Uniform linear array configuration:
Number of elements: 32
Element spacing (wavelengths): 0.75
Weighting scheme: hamming
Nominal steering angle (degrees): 15
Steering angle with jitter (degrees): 13.299
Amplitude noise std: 0.05
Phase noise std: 0.05

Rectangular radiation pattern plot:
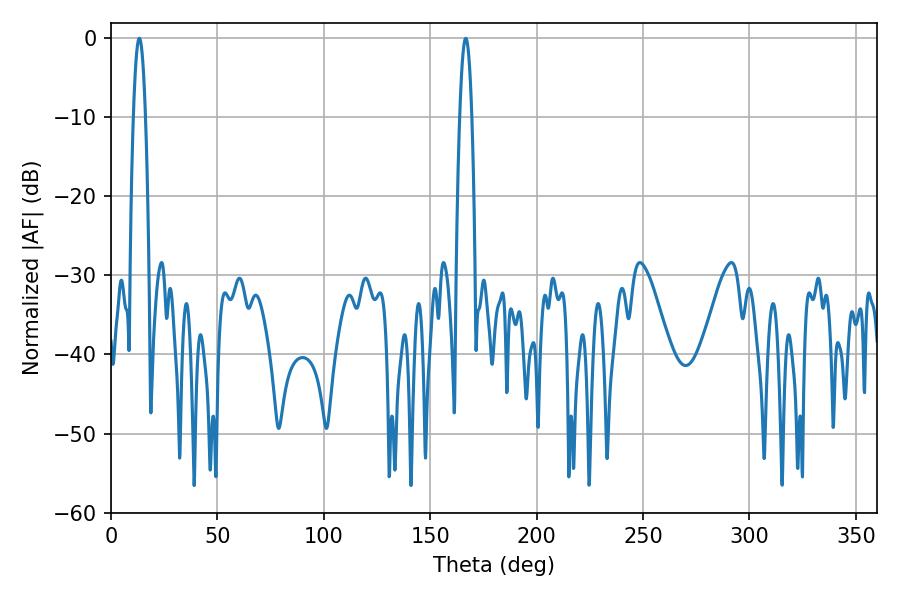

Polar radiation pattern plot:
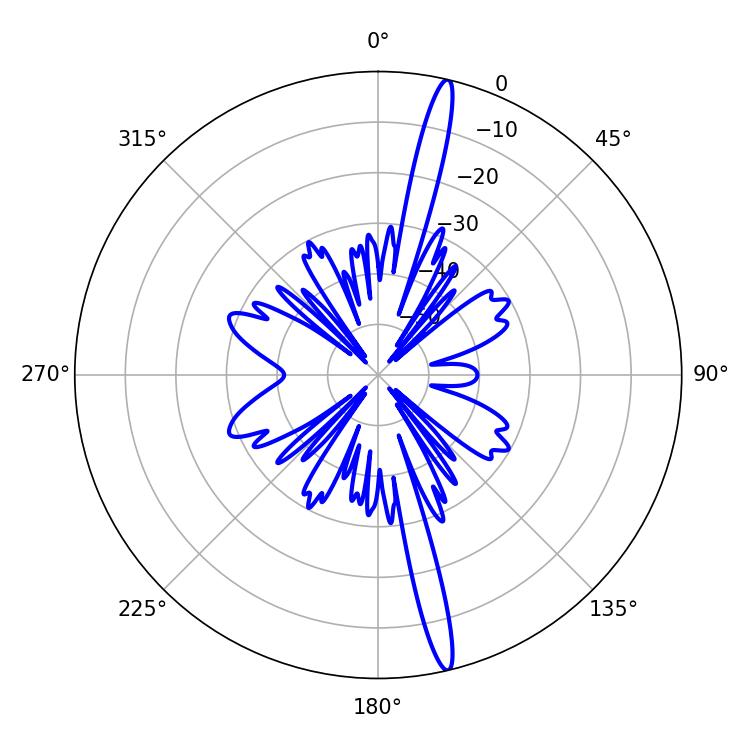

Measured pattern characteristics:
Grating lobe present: TRUE
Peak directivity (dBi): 18.676
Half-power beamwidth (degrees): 3.06
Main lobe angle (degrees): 13.32